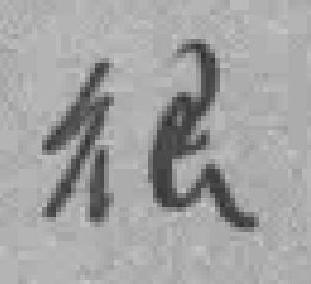
很